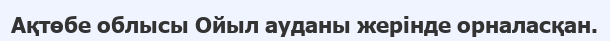
Ақтөбе облысы Ойыл ауданы жерінде орналасқан.